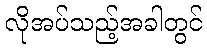
လိုအပ်သည့်အခါတွင်